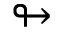
\looparrowright